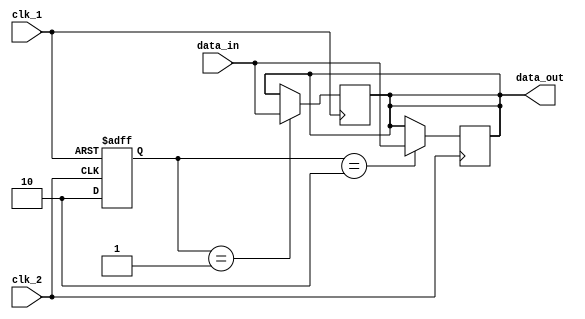
module pulse_synchronizer (
    input wire clk_1,
    input wire clk_2,
    input wire data_in,
    output reg data_out
);

reg [1:0] state;

always @(posedge clk_1 or posedge clk_2) begin
    if (clk_1) begin
        state <= 2'b01;
    end else if (clk_2) begin
        state <= 2'b10;
    end
end

always @(posedge clk_1) begin
    if (state == 2'b01) begin
        data_out <= data_in;
    end
end

always @(posedge clk_2) begin
    if (state == 2'b10) begin
        data_out <= data_in;
    end
end

endmodule